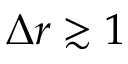
\Delta r \gtrsim 1